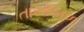
તારકબળ